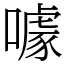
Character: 噱